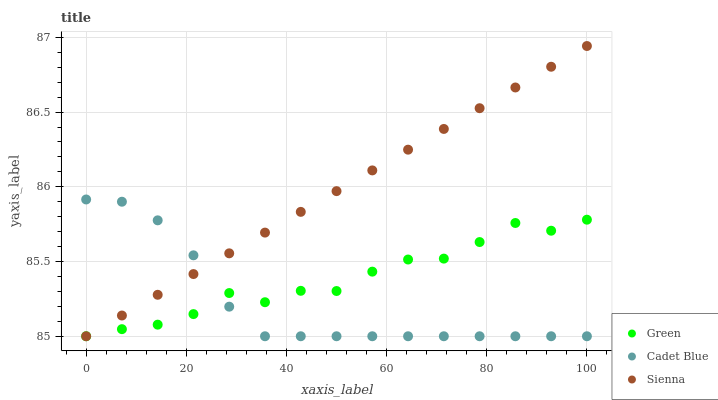
| xaxis_label | Green | Cadet Blue | Sienna |
 | --- | --- | --- | --- |
 | 0 | 85 | 85.9 | 85 |
 | 7.14 | 85 | 85.9 | 85.1 |
 | 14.3 | 85.1 | 85.8 | 85.3 |
 | 21.4 | 85.1 | 85.5 | 85.4 |
 | 28.6 | 85.3 | 85.2 | 85.6 |
 | 35.7 | 85.2 | 85 | 85.7 |
 | 42.9 | 85.3 | 85 | 85.8 |
 | 50 | 85.3 | 85 | 86 |
 | 57.1 | 85.4 | 85 | 86.1 |
 | 64.3 | 85.5 | 85 | 86.2 |
 | 71.4 | 85.5 | 85 | 86.4 |
 | 78.6 | 85.6 | 85 | 86.5 |
 | 85.7 | 85.8 | 85 | 86.7 |
 | 92.9 | 85.7 | 85 | 86.8 |
 | 100 | 85.8 | 85 | 86.9 |